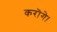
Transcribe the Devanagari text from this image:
करॊगे।